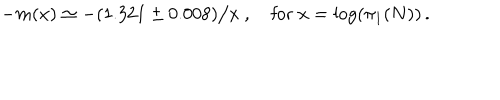
- m ( x ) \simeq - ( 1 . 3 2 1 \pm 0 . 0 0 8 ) \big / x \ , \quad \mathrm { f o r ~ } x = \log ( \pi _ { 1 } ( N ) ) \, .